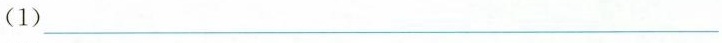
(1)___